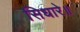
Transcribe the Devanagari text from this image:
सिधारे॥